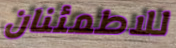
للاطمئنان